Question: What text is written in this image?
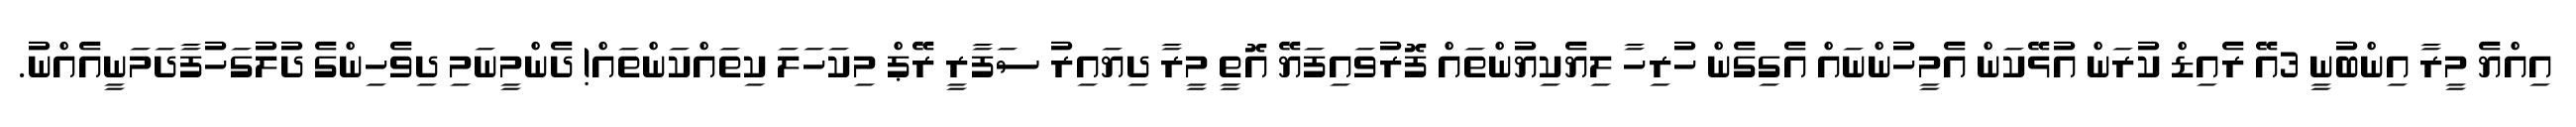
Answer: އިއްޔެ މީރާ އިންބުނީ 3އޭ ރެއިޑް ކުރަން އުޅޭކަން އެމީހުންނައް އެގިގެން ހުރިހާ ލިޔެކިޔުންތައް ފޮރުވައިފަޔޭ އޮތީ މީރާ ދިޔައިރު ސަފާރީ ރޭޕް މިކަހަލަ ކިތައްކަންތައް! ދެންމީނަމި ދިވެހިންގެ ދުލުގަހުފާދަމަނީއެއްނު.